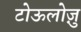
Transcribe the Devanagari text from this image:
टोऊलोज़ु